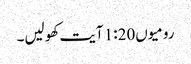
رومیوں1:20 آیت کھولیں۔